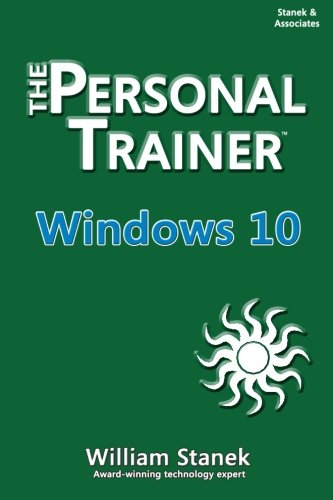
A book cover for Windows 10: The Personal Trainer; William Stanek; Computers & Technology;